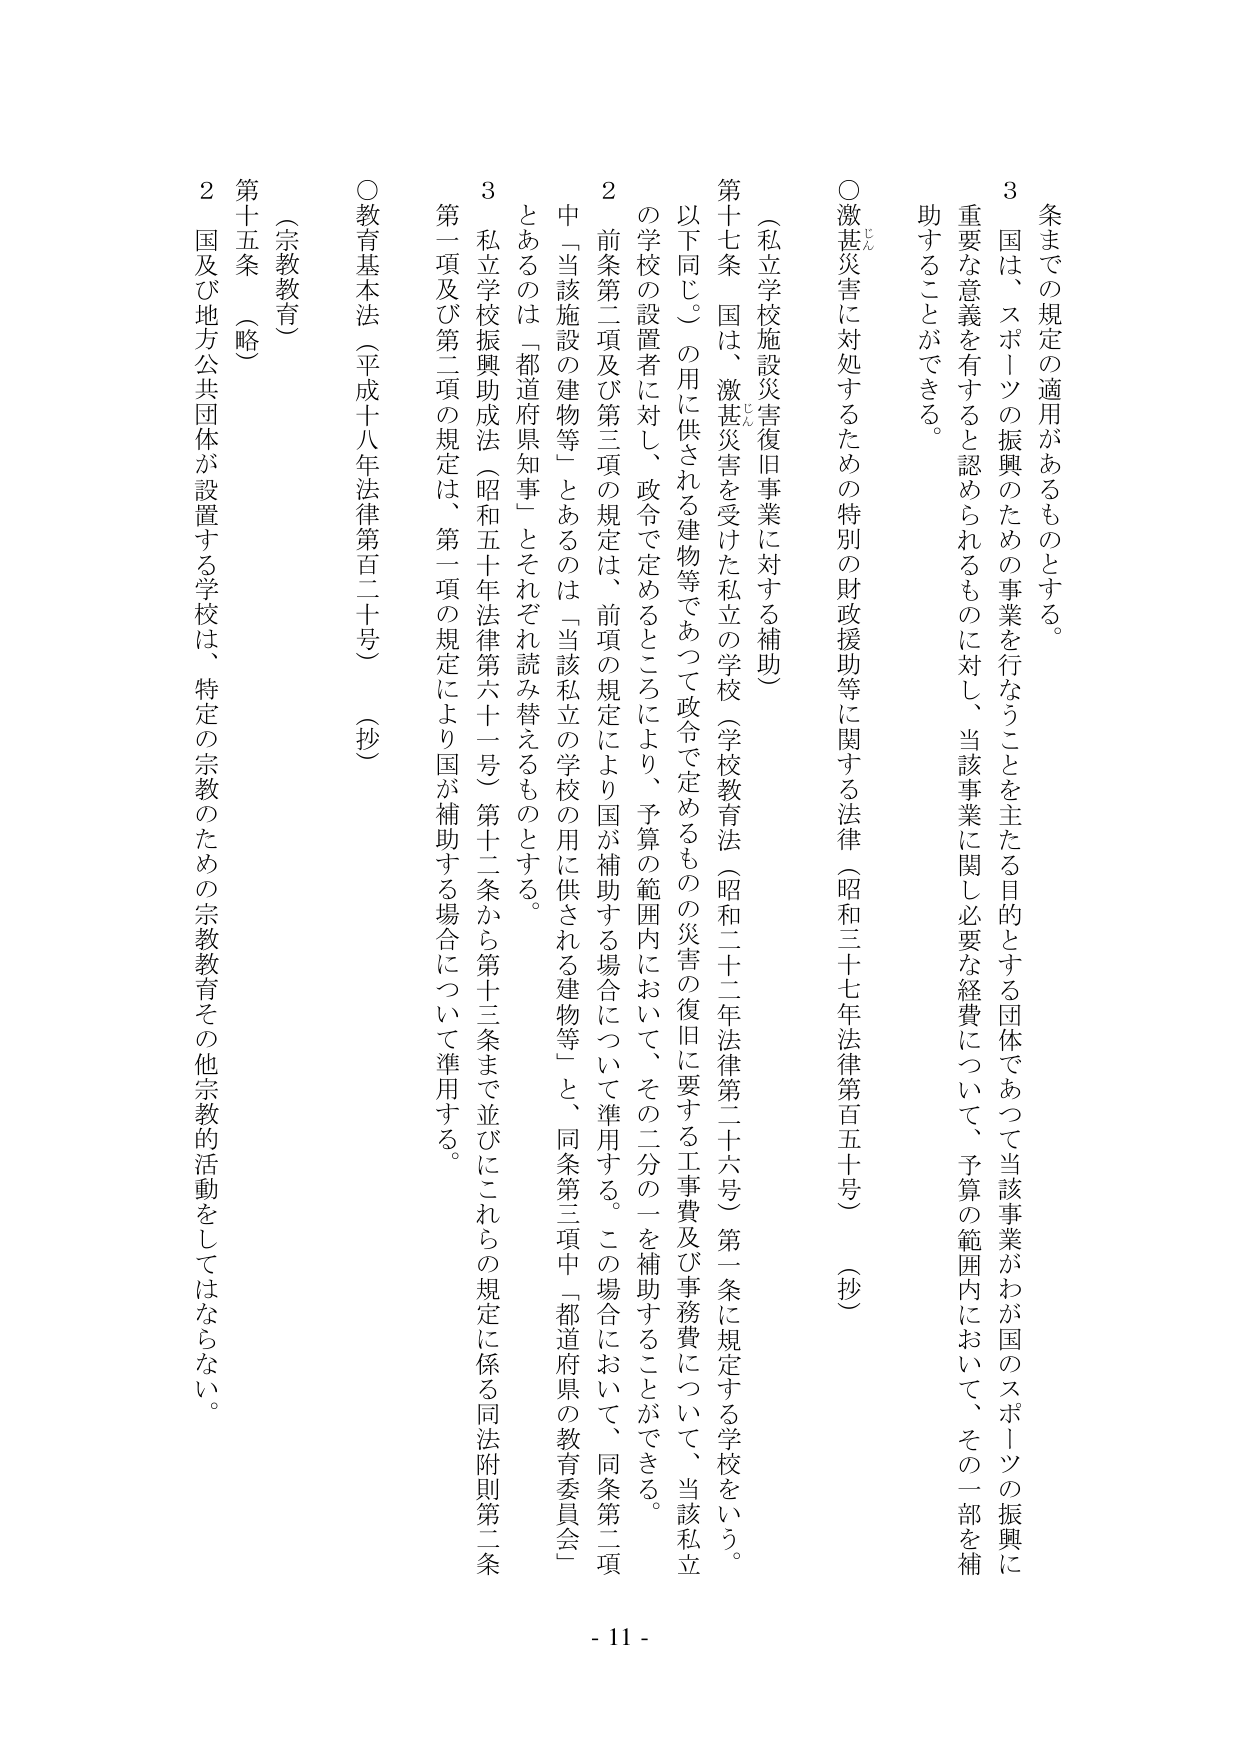
条までの規定の適用があるものとする。
3 国は、スポーツの振興のための事業を行なうことを主たる目的とする団体であつて当該事業がわが国のスポーツの振興に重要な意義を有すると認められるものに対し、当該事業に関して必要な経費について、予算の範囲内において、その一部を補助することができる。

○激甚災害に対処するための特別の財政援助等に関する法律（昭和三十七年法律第百五十号）（抄）
（私立学校施設災害復旧事業に対する補助）
第十七条 国は、激甚災害を受けた私立の学校（学校教育法（昭和二十二年法律第二十六号）第一条に規定する学校をいう。以下同じ。）の用に供される建物等であつて政令で定めるものの災害の復旧に要する工事費及び事務費について、当該私立の学校の設置者に対し、政令で定めるところにより、予算の範囲内において、その二分の一を補助することができる。
2 前条第二項及び第三項の規定は、前項の規定により国が補助する場合について準用する。この場合において、同条第二項中「当該施設の建物等」とあるのは「当該私立の学校の用に供される建物等」と、同条第三項中「都道府県の教育委員会」とあるのは「都道府県知事」とそれぞれ読み替えるものとする。
3 私立学校振興助成法（昭和五十年法律第六十一号）第十二条から第十三条まで並びにこれらの規定に係る同法附則第二条第一項及び第二項の規定は、第一項の規定により国が補助する場合について準用する。

○教育基本法（平成十八年法律第百二十号）（抄）
（宗教教育）
第十五条 （略）
2 国及び地方公共団体が設置する学校は、特定の宗教のための宗教教育その他宗教的活動をしてはならない。

- 11 -